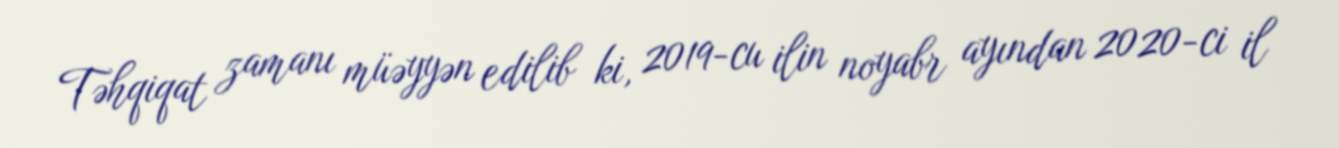
Təhqiqat zamanı müəyyən edilib ki, 2019-cu ilin noyabr ayından 2020-ci il